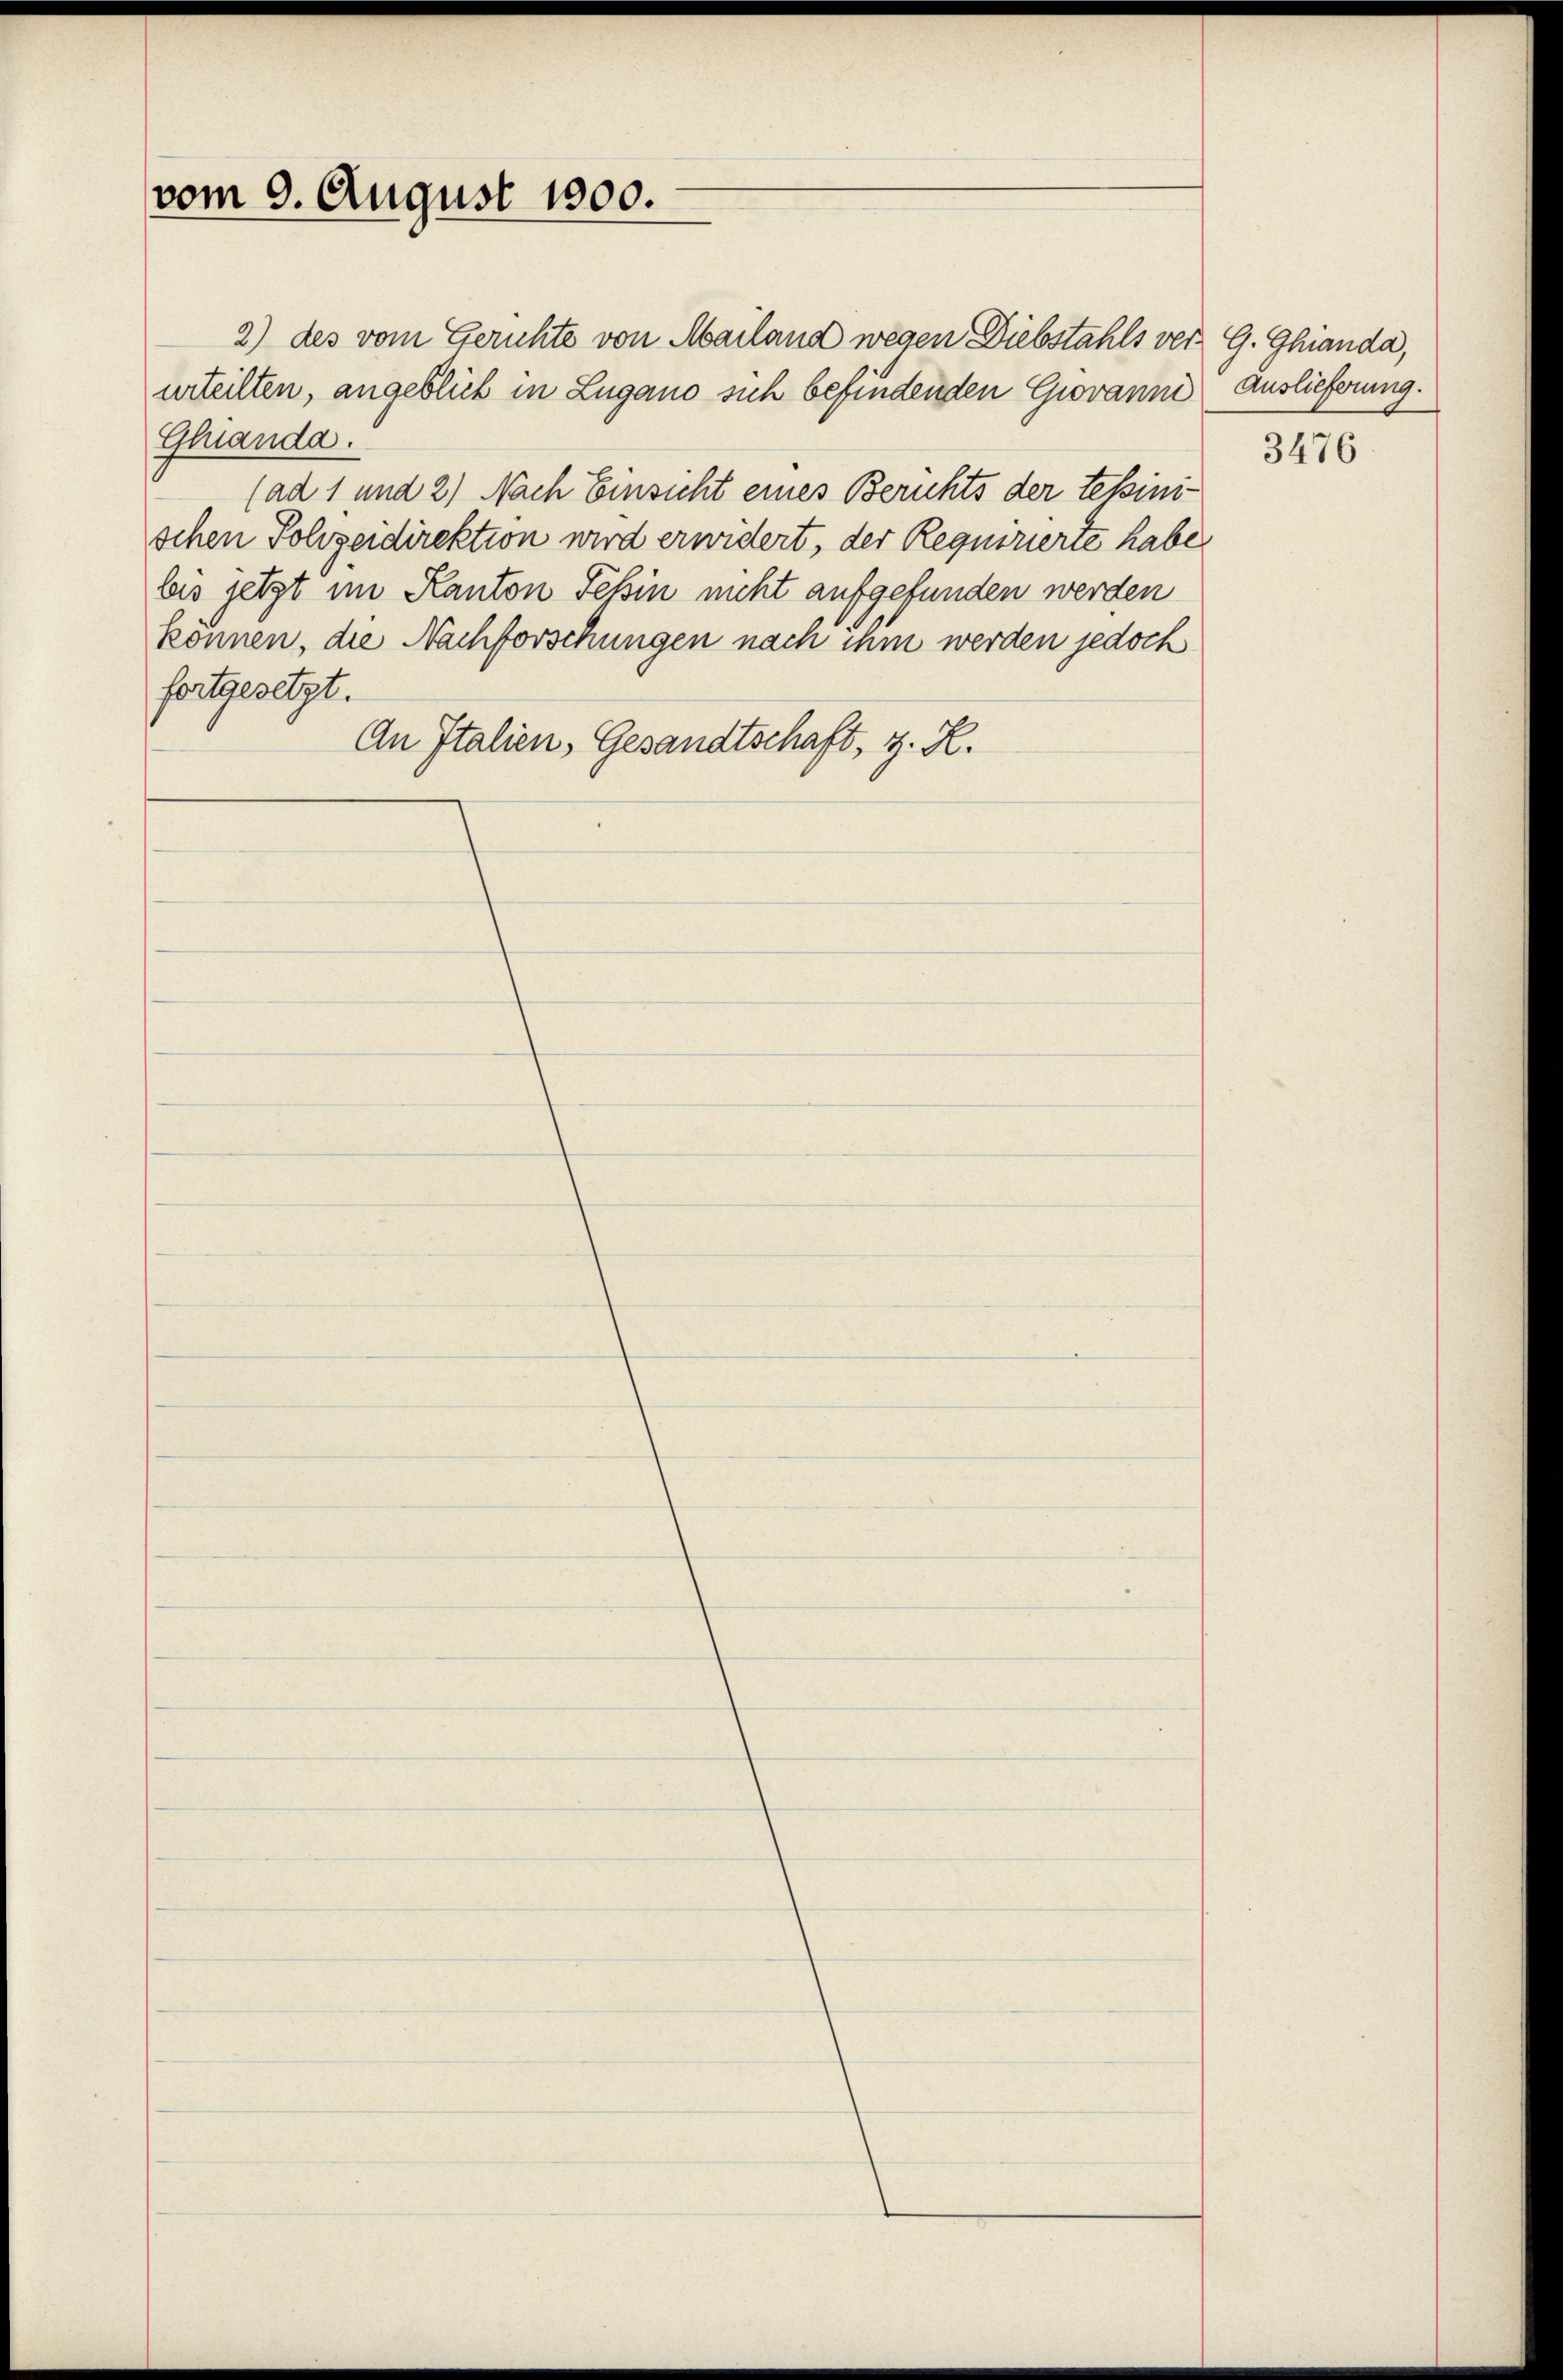
vom 9. August 1900.

2) des vom Gerichte von Mailand wegen Diebstahls ver- G. Ghianda,
urteilten, angeblick in Lugano sich befindenden Giovanni Auslieferung.
Glanda.
(ad 1 und 2) Nach Einsicht eines Berichts der tessinischen Polizeidirektion wird erwidert, der Requirierte habe
bis jetzt im Kanton Tessin nicht aufgefunden werden
können, die Nachforschungen nach ihm werden jedoch
fortgesetzt.
An Italien, Gesandtschaft, z. R.

3476